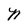
Character: N